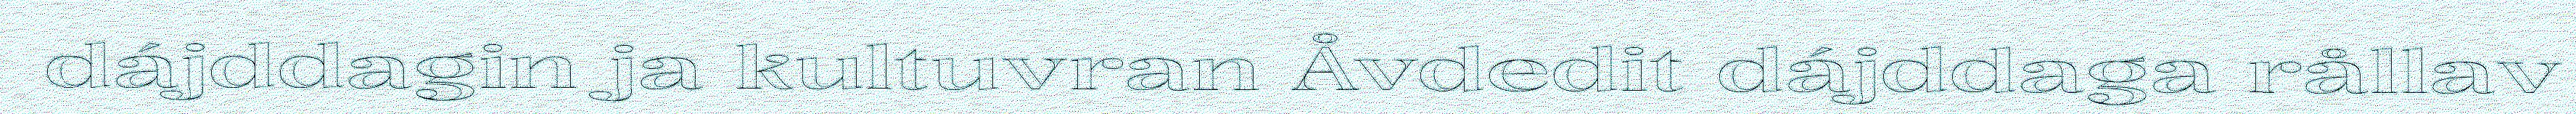
dájddagin ja kultuvran Åvdedit dájddaga rållav